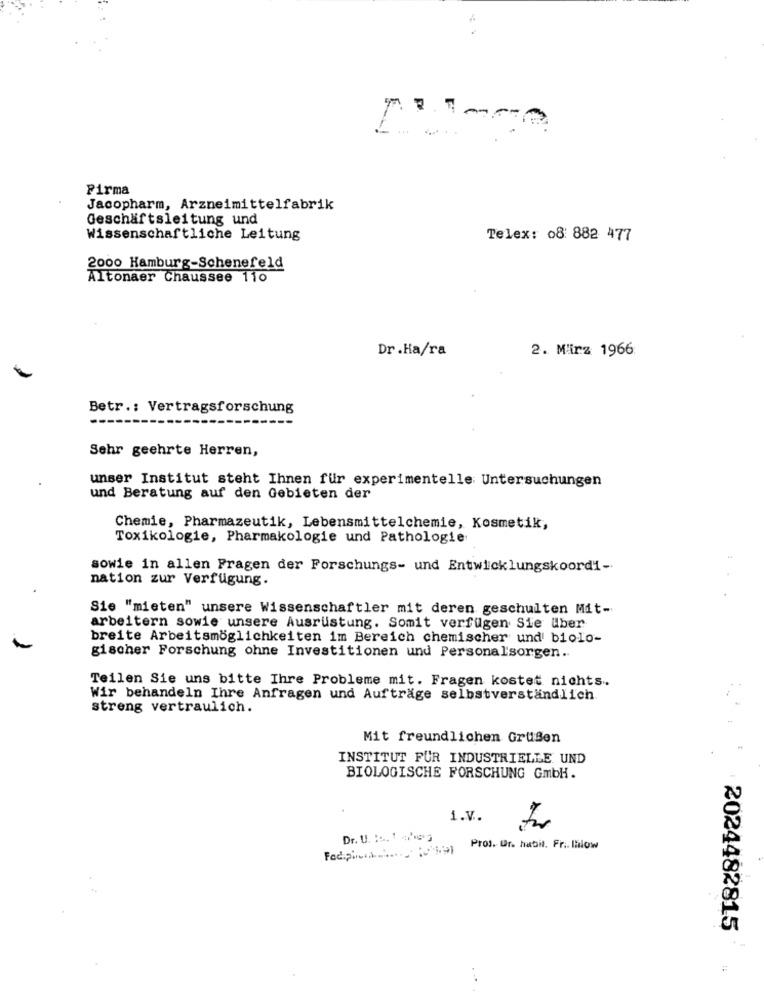
1
Firma
Jacopharm, Arzneimittelfabrik
Geschäftsleitung und
Wissenschaftliche Leitung
Telex: 08 882 477
2000 Hamburg-Schenefeld
Altonaer Chaussee 110
Dr.Ha/ra
2. März 1966:
Betr .: Vertragsforschung
Sehr geehrte Herren,
unser Institut steht Ihnen für experimentelle Untersuchungen
und Beratung auf den Gebieten der
Chemie, Pharmazeutik, Lebensmittelchemie, Kosmetik,
Toxikologie, Pharmakologie und Pathologie
sowie in allen Fragen der Forschungs- und Entwicklungskoordi-
nation zur Verfügung.
Sie "mieten" unsere Wissenschaftler mit deren geschulten Mit-
arbeitern sowie unsere Ausrüstung. Somit verfügen Sie Uber
breite Arbeitsmöglichkeiten im Bereich chemischer und' biolo-
gischer Forschung ohne Investitionen und Personalsorgen ..
Teilen Sie uns bitte Ihre Probleme mit. Fragen kostet nichts.
Wir behandeln Ihre Anfragen und Aufträge selbstverständlich.
streng vertraulich.
Mit freundlichen Grußen
INSTITUT FUR INDUSTRIELLE UND
BIOLOGISCHE FORSCHUNG GmbH.
1.V.
Dr. U. ::. 1 .
Prof. Dr. habil. Fr .. Ilow
2024482815